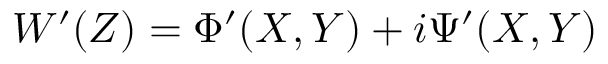
W ^ { \prime } ( Z ) = \Phi ^ { \prime } ( X , Y ) + i \Psi ^ { \prime } ( X , Y )